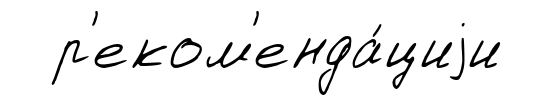
р'еком'енда́циjи